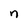
Character: n